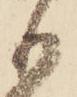
も